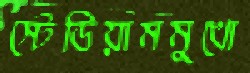
স্টেডিয়ামমুখো